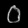
Digit: ၀